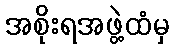
အစိုးရအဖွဲ့ထံမှ